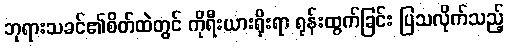
ဘုရားသခင်၏စိတ်ထဲတွင် ကိုရီးယားရိုးရာ ရုန်းထွက်ခြင်း ပြသလိုက်သည့်